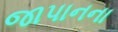
જાપાનના